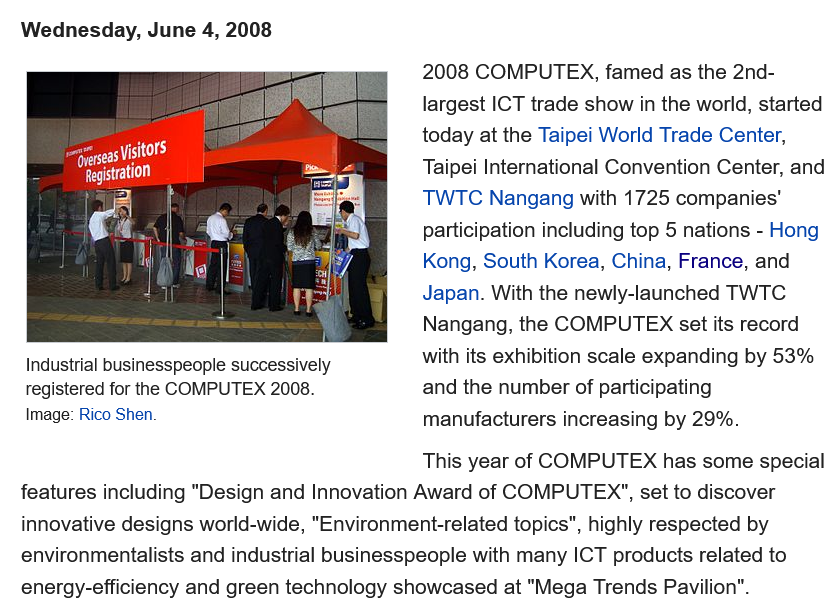
Wednesday, June  4, 2008
     2008 COMPUTEX,   famed as  the 2nd-
     largest ICT trade show in the world, started
     today at the Taipei World Trade Center,
     Taipei International Convention Center, and
     TWTC  Nangang with  1725 companies’
     participation including top 5 nations
     - Hong
     Kong, South Korea, China, France, and
     Japan. With the newly-launched TWTC
     Nangang, the COMPUTEX  set its record
     with its exhibition scale expanding by 53%
     and the number of participating
     manufacturers increasing by 29%.
     This year of COMPUTEX  has some special
   features including "Design and Innovation Award of COMPUTEX", set to discover
   innovative designs world-wide, "Environment-related topics", highly respected by
   environmentalists and industrial businesspeople with many ICT products related to
   energy-efficiency and green technology showcased at "Mega Trends Pavilion".
     2 2 ES
     5
     res
     CP
     |
   Industrial businesspeople successively
   registered for the COMPUTEX 2008.
   Image: Rico Shen.